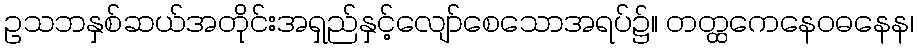
ဥသဘနှစ်ဆယ်အတိုင်းအရှည်နှင့်လျော်စေသောအရပ်၌။ တတ္ထကေနေဝဓနေန၊